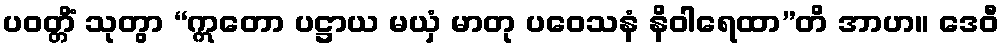
ပဝတ္တိံ သုတွာ “ဣတော ပဋ္ဌာယ မယှံ မာတု ပဝေသနံ နိဝါရေထာ”တိ အာဟ။ ဒေဝီ